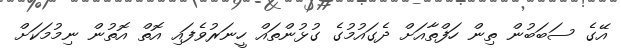
އޭގެ ސަބަބުން ތިން ހަފްތާއަށް ދެގައުމުގެ ގުޅުންތައް ހީނަރުވެފައި އޮތް އޮތުން ނިމުމަކަށް